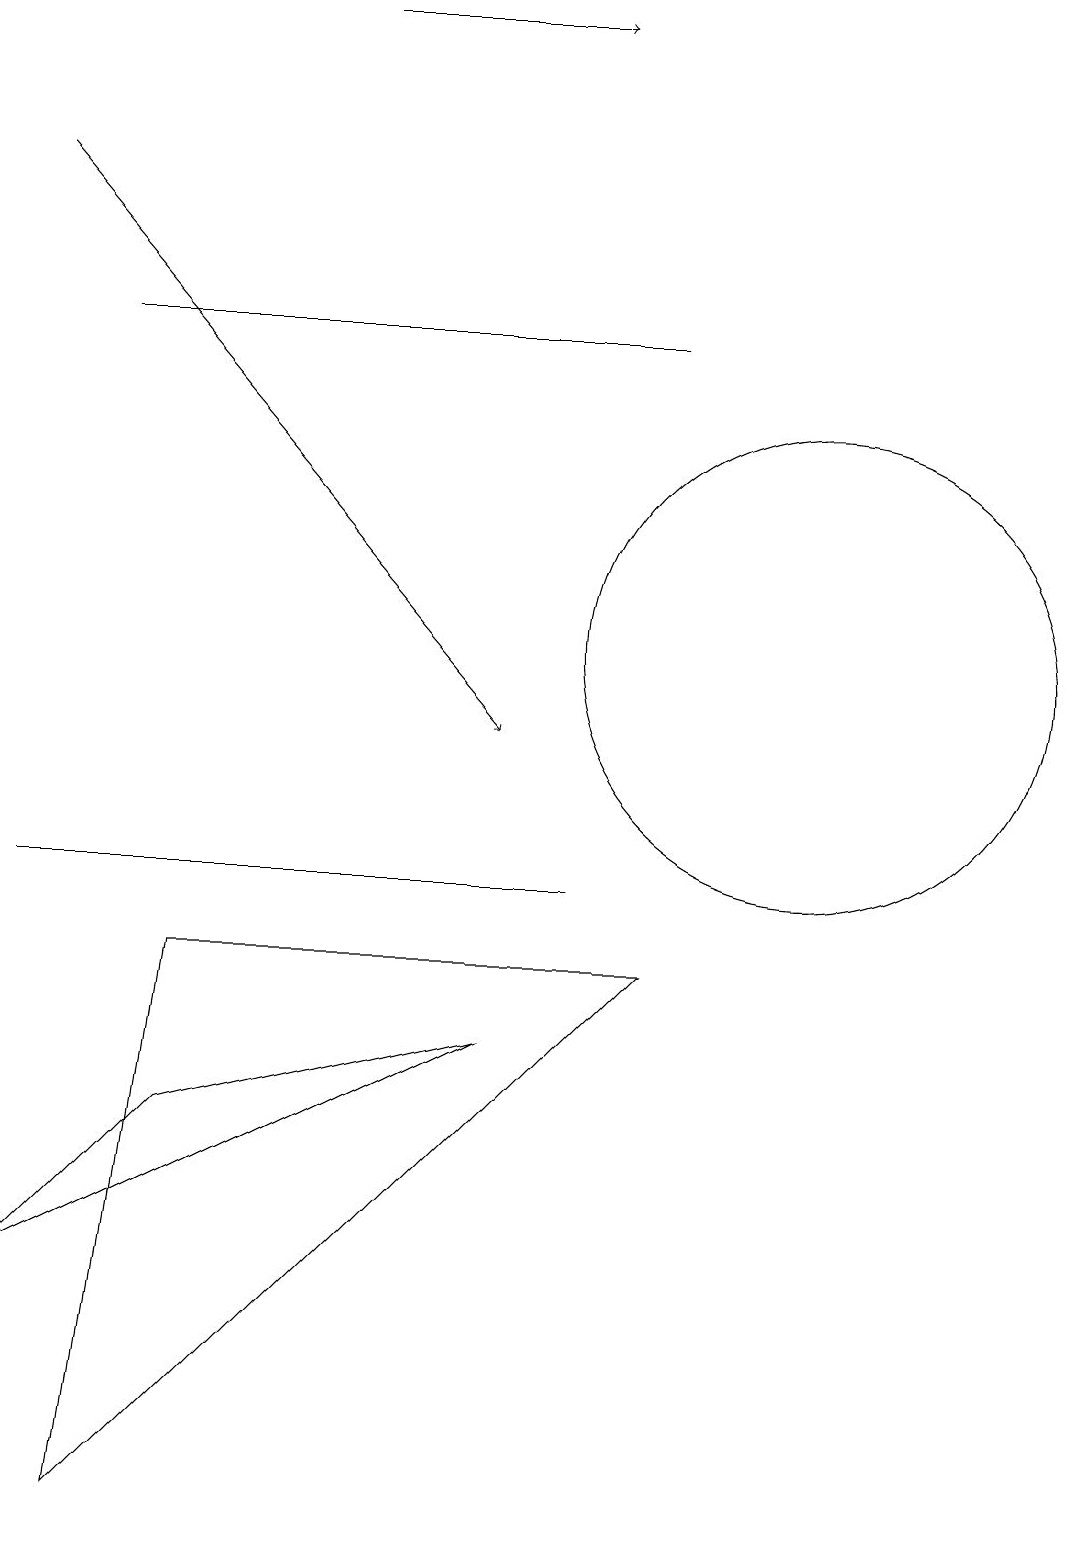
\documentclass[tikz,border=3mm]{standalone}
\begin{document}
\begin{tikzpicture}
\draw (10,11) circle (3);
\draw[->] (4,19) -- (7,19);
\draw (1,0) -- (8,7) -- (2,7) -- cycle;
\draw[->] (0,17) -- (6,10);
\draw (2,8) -- (7,8) -- (0,8) -- cycle;
\draw (8,15) rectangle (1,15);
\draw (2,5) -- (0,3) -- (6,6) -- cycle;
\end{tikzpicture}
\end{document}